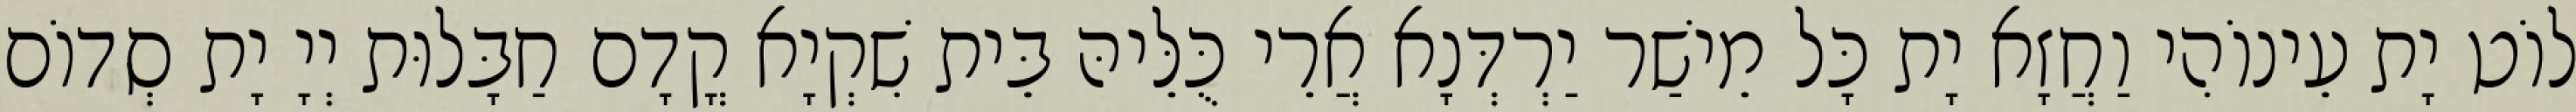
לוֹט יָת עֵינוֹהִי וַחֲזָא יָת כָּל מֵישַׁר יַרְדְּנָא אֲרֵי כֻּלֵּיהּ בֵּית שִׁקְיָא קֳדָם חַבָּלוּת יְיָ יָת סְדוֹם